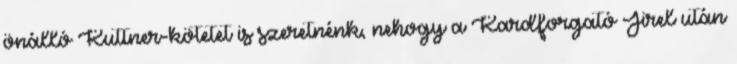
önálló Kuttner-kötetet is szeretnénk, nehogy a Kardforgató Jirel után